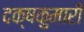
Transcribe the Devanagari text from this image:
दक्षकुमारी